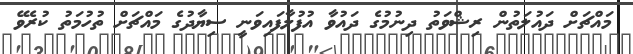
މައްޗަށް ދައުލަތުން ރިޝްވަތު ދިނުމުގެ ދައުވާ އުފުލާފައިވަނީ ސިޔާދުގެ މައްޗަށް ތުހުމަތު ކުރެވޭ